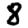
Digit: 8